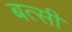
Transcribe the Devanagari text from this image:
बत्सी